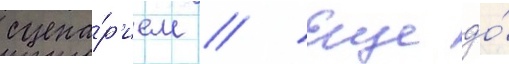
сцена́р'ием // Еще до́